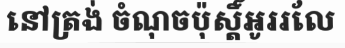
នៅត្រង់ ចំណុចប៉ុស្តិ៍អូររលែ